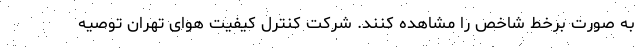
به صورت برخط شاخص را مشاهده کنند. شرکت کنترل کیفیت هوای تهران توصیه